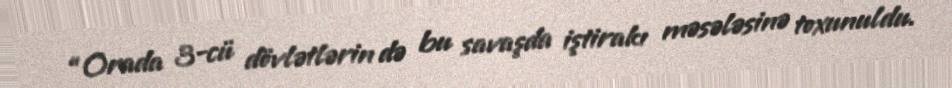
“Orada 3-cü dövlətlərin də bu savaşda iştirakı məsələsinə toxunuldu.